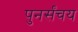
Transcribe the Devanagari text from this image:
पुनर्संचय